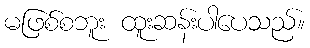
မဖြစ်စဘူး ထူးဆန်းပါပေသည်။